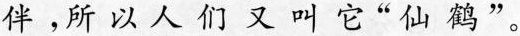
伴。所以人们又叫它”仙鹤”。